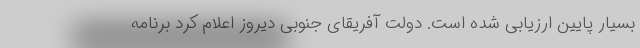
بسیار پایین ارزیابی شده است. دولت آفریقای جنوبی دیروز اعلام کرد برنامه